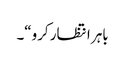
باہر انتظار کرو“۔